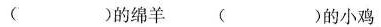
( )的绵羊 ( )的小鸡